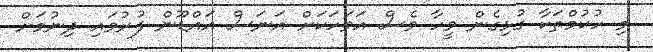
މި ހުކުމްތަކާ ގުޅިގެން ވީހާ ވެސް އަވަހަކަށް އަނަސް އައްޑޫން ފުރުވައި ދިނުމަށް